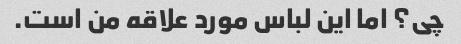
چی؟ اما این لباس مورد علاقه من است.